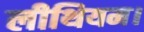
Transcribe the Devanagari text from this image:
लीथियम।